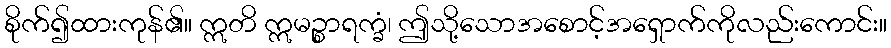
စိုက်၍ထားကုန်၏။ ဣတိ ဣမဉ္စာရက္ခံ၊ ဤသို့သောအစောင့်အရှောက်ကိုလည်းကောင်း။